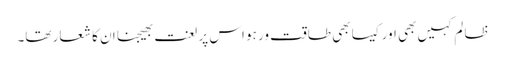
ظا لم کہیں بھی اور کیسا بھی طاقت ور ہو اس پر لعنت بھیجنا ان کا شعار تھا۔